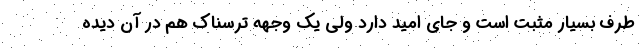
طرف بسیار مثبت است و جای امید دارد ولی یک وجهه ترسناک هم در آن دیده